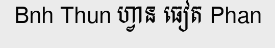
Bnh Thun ហ្វាន ធៀត Phan